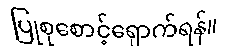
ပြုစုစောင့်ရှောက်ရန်။